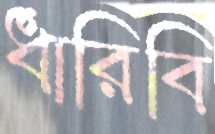
ধারিবি